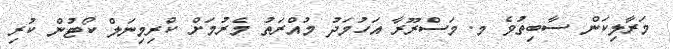
މަރާލިކަން ސާބިތުވެ މ. މަސްރޫރާ އަހުމަދު މުއްރަތު މެރުމަށް ކްރިމިނަލް ކޯޓުން ކުރި